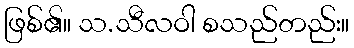
ဖြစ်၏။ သ.သီလဝါ စသည်တည်း။